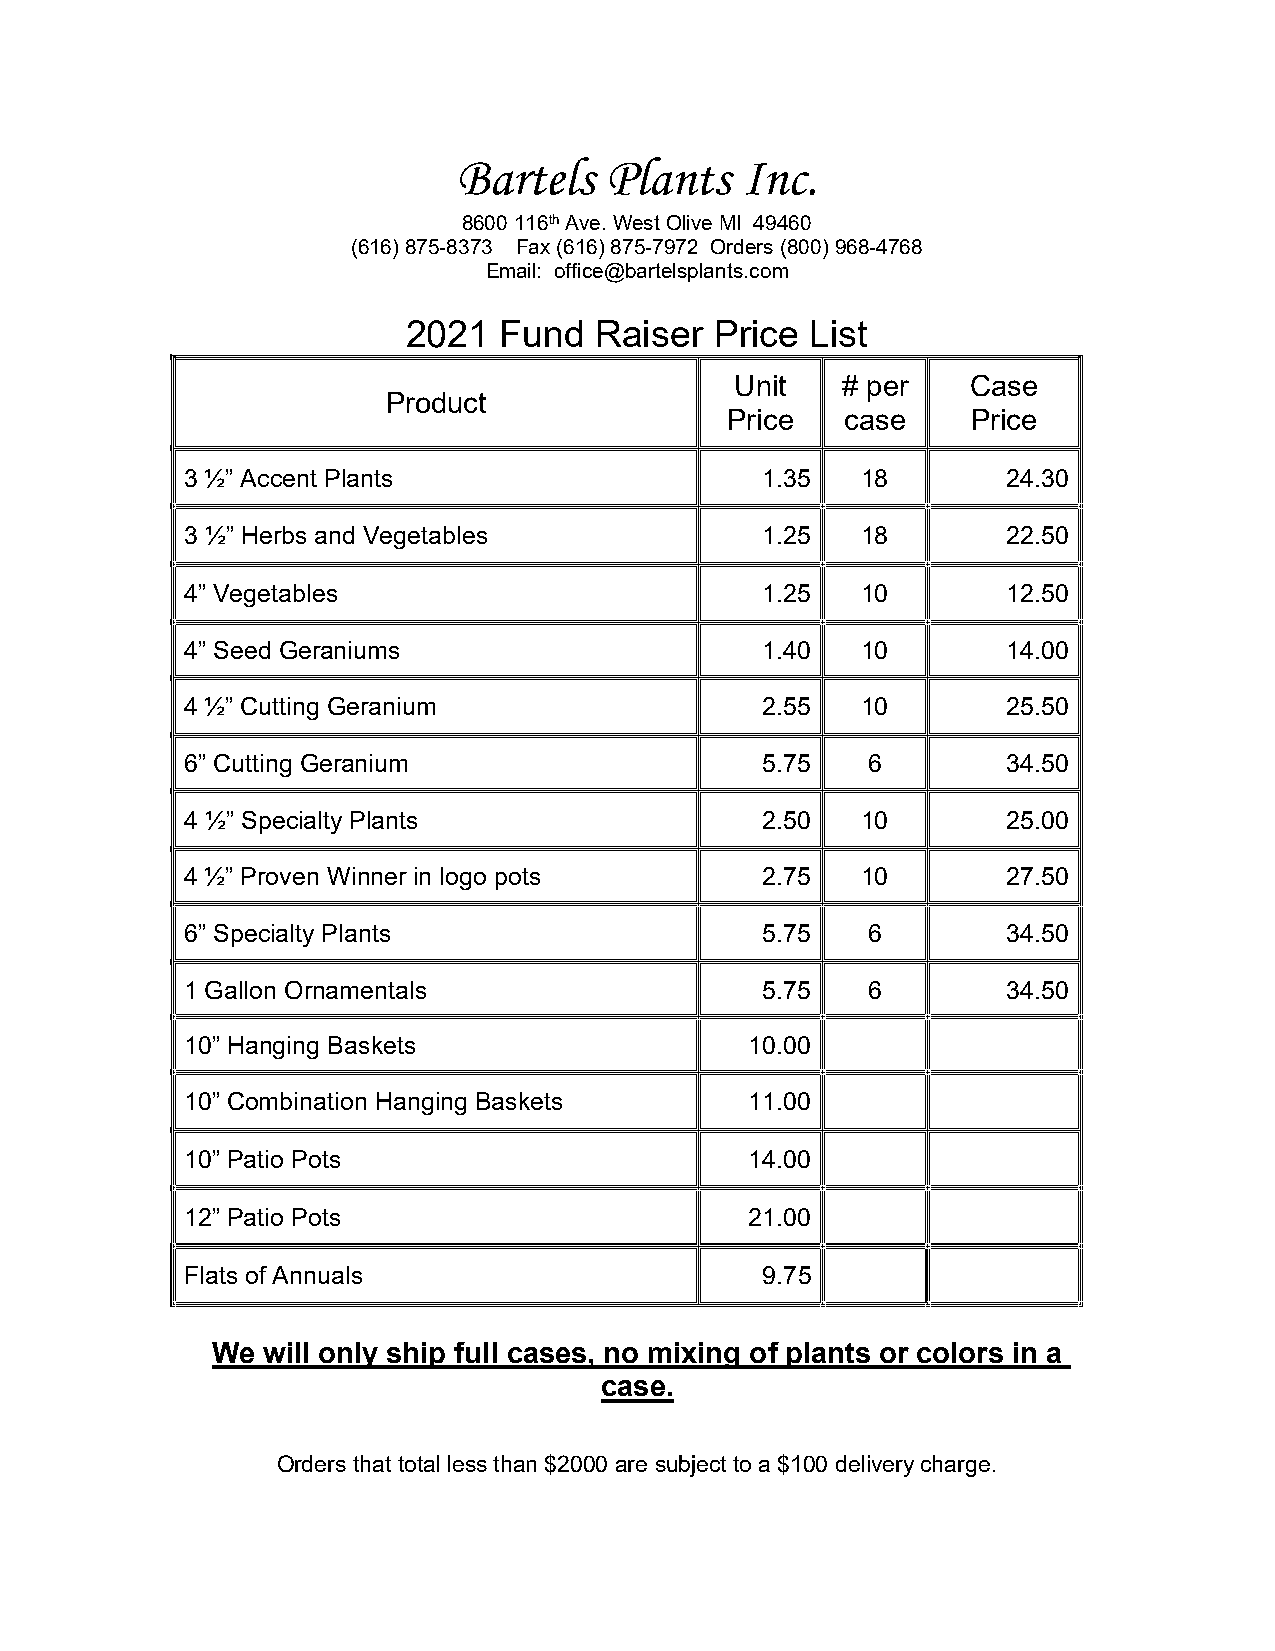
Bartels   Plants   Inc.
 8600 116th Ave. West Olive MI 49460
 (616) 875-8373 Fax (616) 875-7972 Orders (800) 968-4768
 Email: office@bartelsplants.com
 2021  Fund  Raiser  Price  List
 Unit   # per   Case
 Product
 Price   case    Price
 3 ½” Accent Plants                    1.35   18        24.30
 3 ½” Herbs and Vegetables             1.25   18        22.50
 4” Vegetables                         1.25   10        12.50
 4” Seed Geraniums                     1.40   10        14.00
 4 ½” Cutting Geranium                 2.55   10        25.50
 6” Cutting Geranium                   5.75   6         34.50
 4 ½” Specialty Plants                 2.50   10        25.00
 4 ½” Proven Winner in logo pots       2.75   10        27.50
 6” Specialty Plants                   5.75   6         34.50
 1 Gallon Ornamentals                  5.75   6         34.50
 10” Hanging Baskets                   10.00
 10” Combination Hanging Baskets       11.00
 10” Patio Pots                        14.00
 12” Patio Pots                        21.00
 Flats of Annuals                      9.75
 We will only ship full cases, no mixing of plants or colors in a
 case.
 Orders that total less than $2000 are subject to a $100 delivery charge.